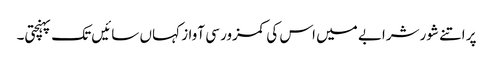
پر اتنے شورشرابے میں اس کی کمزور سی آواز کہاں سائیں تک پہنچتی۔